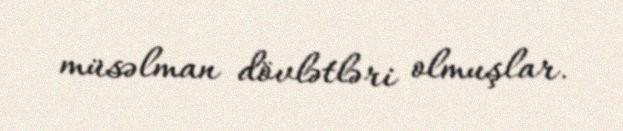
müsəlman dövlətləri olmuşlar.